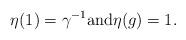
LaTeX: \begin{align*} \eta(1) = \gamma^{-1} \mbox{and} \eta(g) = 1.\end{align*}